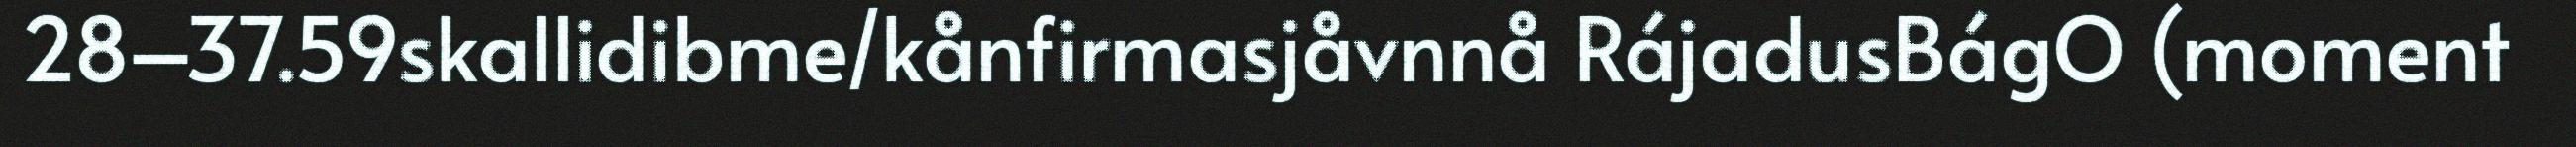
28–37.59skallidibme/kånfirmasjåvnnå RájadusBágO (moment